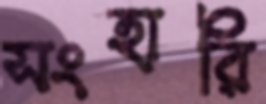
সংহারি